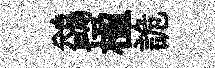
鷁楹詭